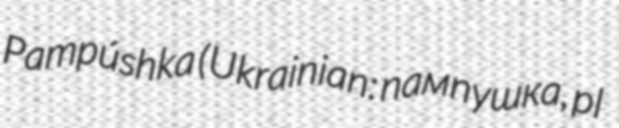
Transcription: Pampúshka (Ukrainian: пампушка, pl